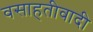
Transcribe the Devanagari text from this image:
वसाहतीवादी